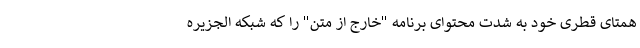
همتای قطری خود به شدت محتوای برنامه "خارج از متن" را که شبکه الجزیره